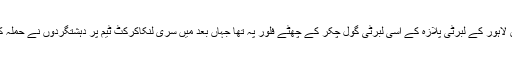
یہ آفس لاہور کے لبرٹی پلازہ کے اسی لبرٹی گول چکر کے چھٹے فلور پہ تھا جہاں بعد میں سری لنکاکرکٹ ٹیم پر دہشتگردوں نے حملہ کیا تھا۔